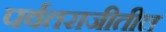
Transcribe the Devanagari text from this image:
पर्वतराजीतील